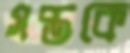
সপ্তকে